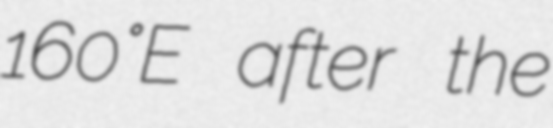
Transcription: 160°E after the